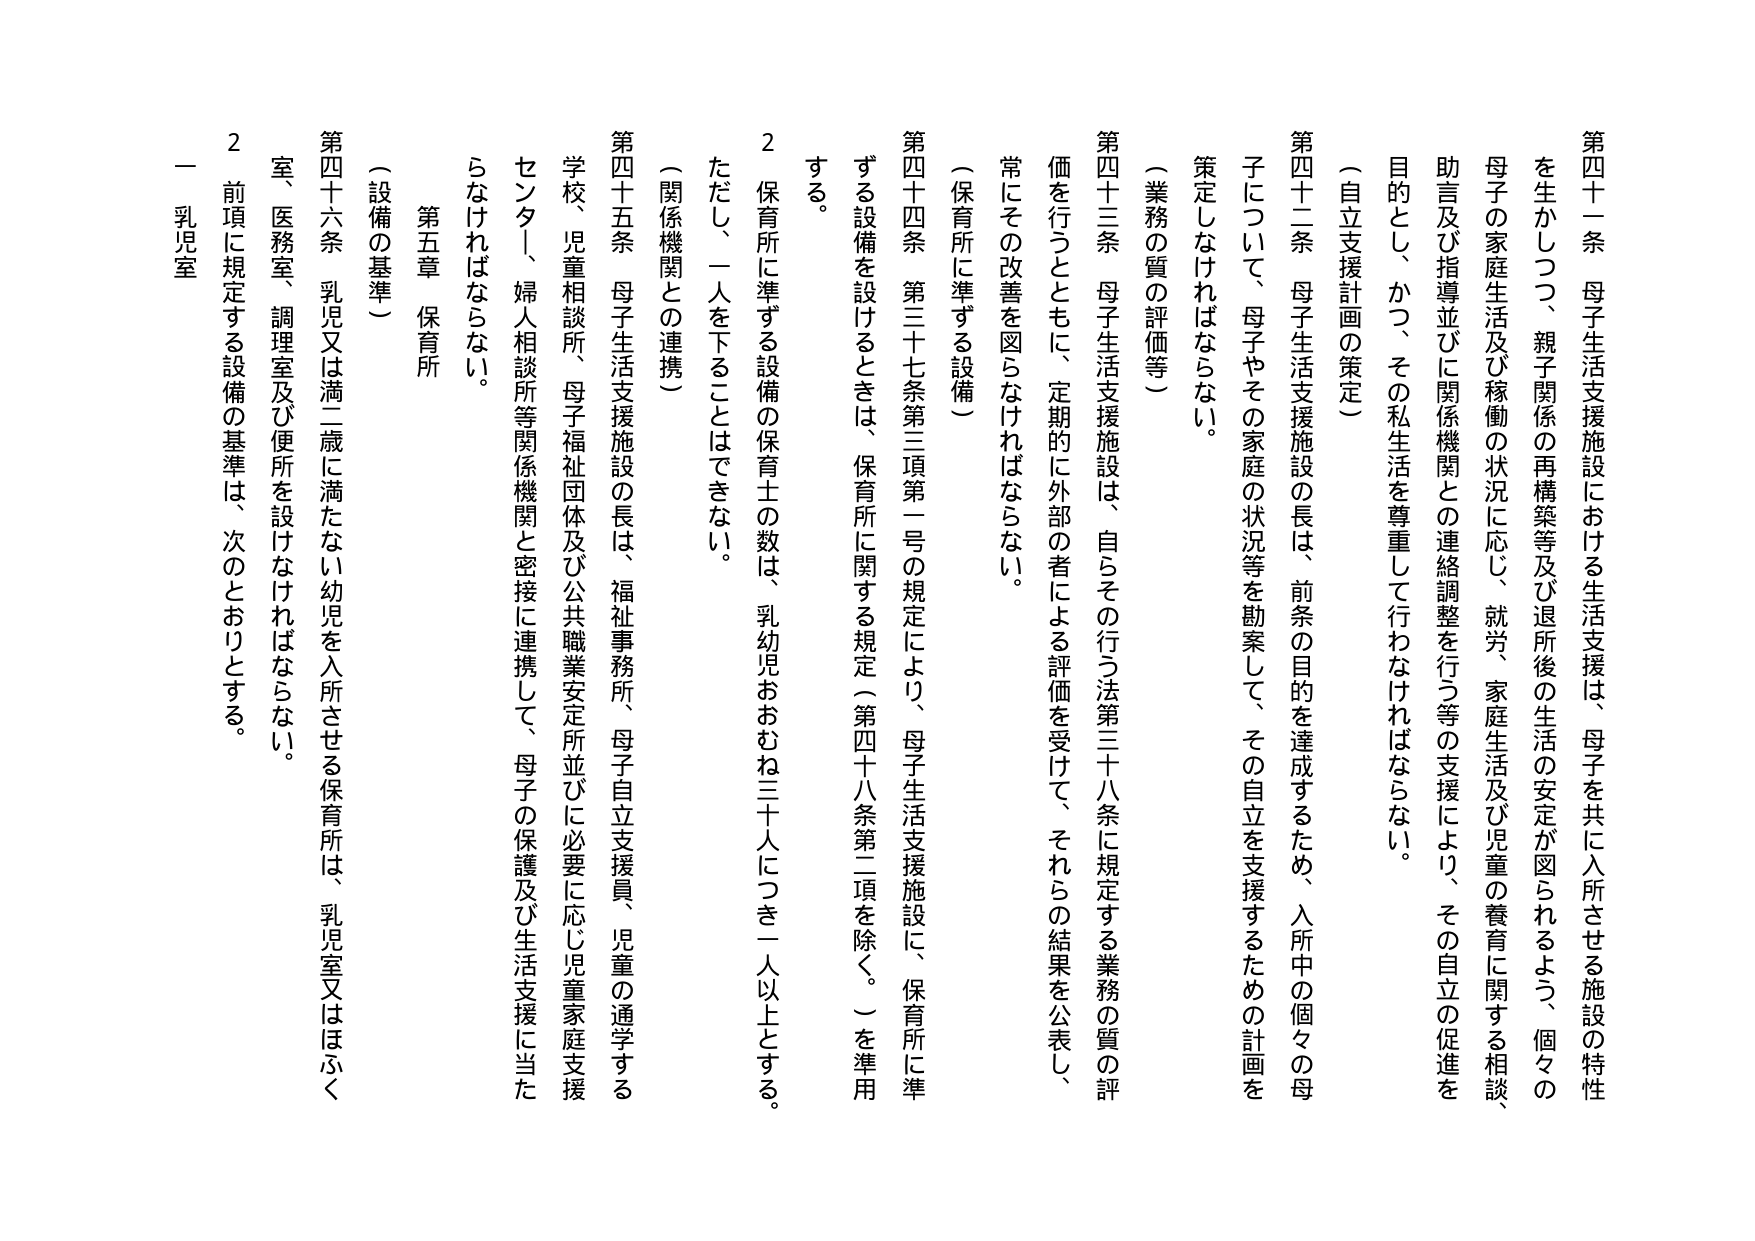
第四十一条　母子生活支援施設における生活支援は、母子を共に入所させる施設の特性を生かしつつ、親子関係の再構築等及び退所後の生活の安定が図られるよう、個々の母子の家庭生活及び稼働の状況に応じ、就労、家庭生活及び児童の養育に関する相談、助言及び指導並びに関係機関との連絡調整を行う等の支援により、その自立の促進を目的とし、かつ、その私生活を尊重して行わなければならない。

（自立支援計画の策定）

第四十二条　母子生活支援施設の長は、前条の目的を達成するため、入所中の個々の母子について、母子やその家庭の状況等を勘案して、その自立を支援するための計画を策定しなければならない。

（業務の質の評価等）

第四十三条　母子生活支援施設は、自らその行う法第三十八条に規定する業務の質の評価を行うとともに、定期的に外部の者による評価を受けて、それらの結果を公表し、常にその改善を図らなければならない。

（保育所に準ずる設備）

第四十四条　第三十七条第三項第一号の規定により、母子生活支援施設に、保育所に準ずる設備を設けるときは、保育所に関する規定（第四十八条第二項を除く。）を準用する。

２　保育所に準ずる設備の保育士の数は、乳幼児おおむね三十人につき一人以上とする。ただし、一人を下ることはできない。

（関係機関との連携）

第四十五条　母子生活支援施設の長は、福祉事務所、母子自立支援員、児童の通学する学校、児童相談所、母子福祉団体及び公共職業安定所並びに必要に応じ児童家庭支援センター、婦人相談所等関係機関と密接に連携して、母子の保護及び生活支援に当たらなければならない。

第五章　保育所

（設備の基準）

第四十六条　乳児又は満二歳に満たない幼児を入所させる保育所は、乳児室又はほふく室、医務室、調理室及び便所を設けなければならない。

２　前項に規定する設備の基準は、次のとおりとする。

一　乳児室